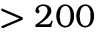
> 2 0 0